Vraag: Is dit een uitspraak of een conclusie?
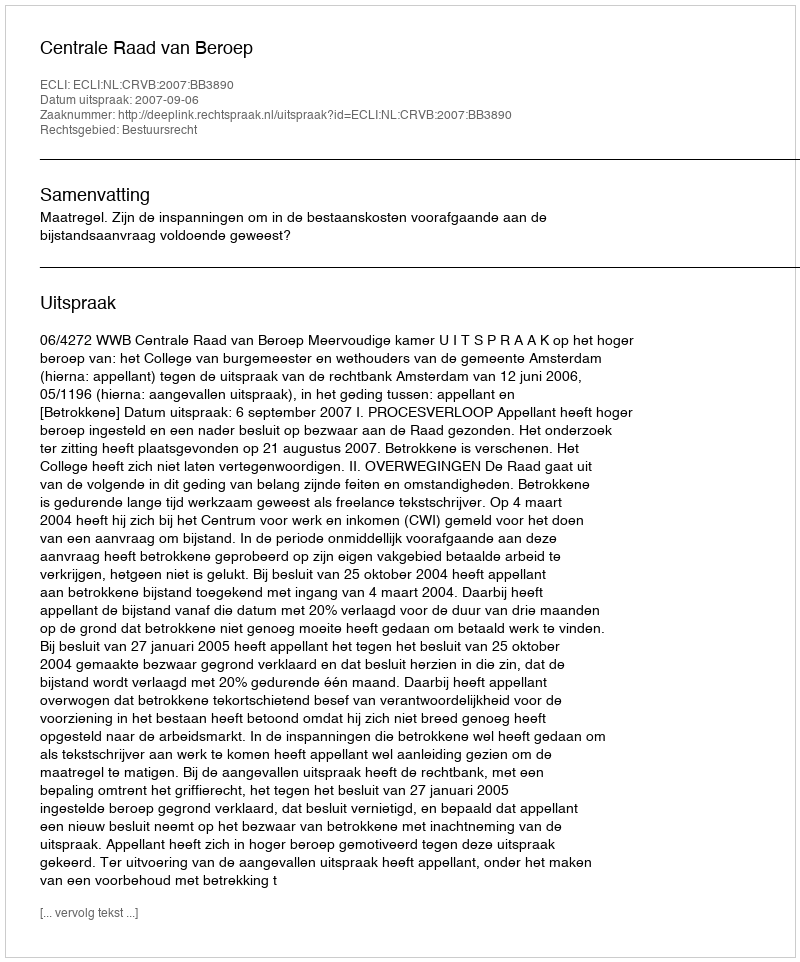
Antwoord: Uitspraak